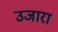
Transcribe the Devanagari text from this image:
उजारा